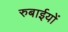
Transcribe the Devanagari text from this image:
रुबाईयों